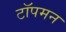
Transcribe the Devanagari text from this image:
टॉपमन